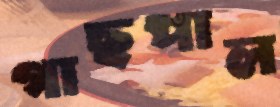
গাছপাল